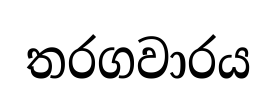
තරගවාරය